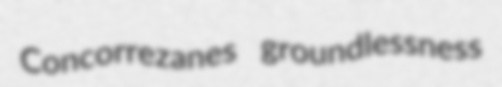
Concorrezanes groundlessness